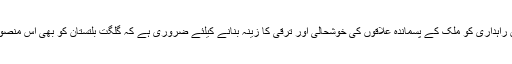
انہوں نے کہا کہ پاک چین راہداری کو ملک کے پسماندہ علاقوں کی خوشحالی اور ترقی کا زینہ بنانے کیلئے ضروری ہے کہ گلگت بلتستان کو بھی اس منصوبے میں شامل کیا جائے ۔